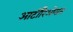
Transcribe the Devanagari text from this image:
आर्टीरिओसस